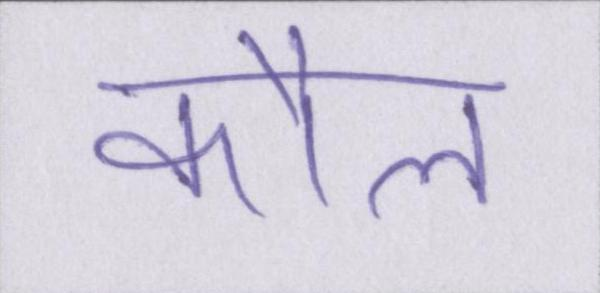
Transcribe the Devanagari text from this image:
कौल